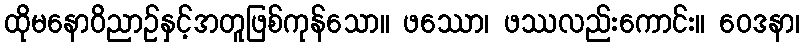
ထိုမနောဝိညာဉ်နှင့်အတူဖြစ်ကုန်သော။ ဖဿော၊ ဖဿလည်းကောင်း။ ဝေဒနာ၊